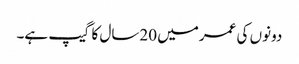
دونوں کی عمرمیں 20سال کا گیپ ہے۔